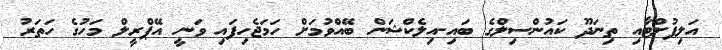
އަލިފުށްޓާއި ތިނަދޫ ކައުންސިލްގެ ބައި-އިލެކްޝަން ބޭއްވުމަށް ހަމަޖެހިފައި ވަނީ އޭޕްރީލް މަހުގެ ހަތަރު